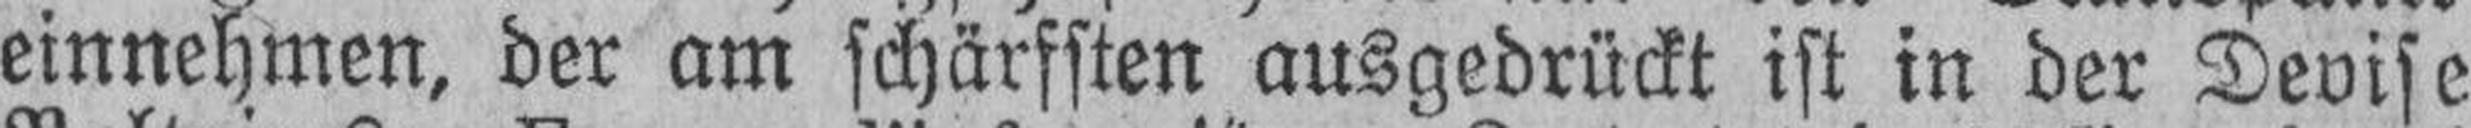
einnehmen, der am schärfsten ausgedrückt ist in der Devise